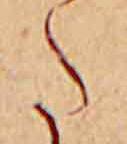
た